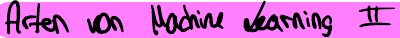
Arten von Machine Learning II